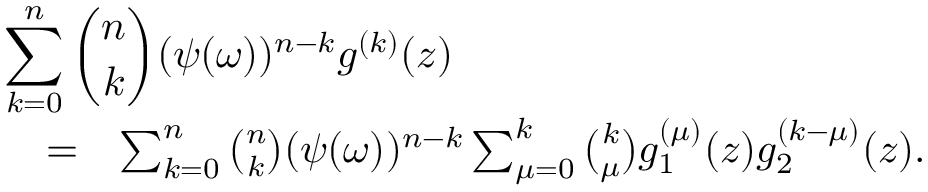
\begin{array} { r l r } { \lefteqn { \sum _ { k = 0 } ^ { n } \binom { n } { k } ( \psi ( \omega ) ) ^ { n - k } g ^ { ( k ) } ( z ) } } \\ & { = } & { \sum _ { k = 0 } ^ { n } \binom { n } { k } ( \psi ( \omega ) ) ^ { n - k } \sum _ { \mu = 0 } ^ { k } \binom { k } { \mu } g _ { 1 } ^ { ( \mu ) } ( z ) g _ { 2 } ^ { ( k - \mu ) } ( z ) . } \end{array}